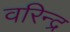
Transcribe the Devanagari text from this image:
वरिन्द्र